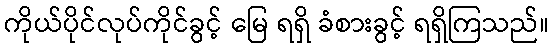
ကိုယ်ပိုင်လုပ်ကိုင်ခွင့် မြေ ရရှိ ခံစားခွင့် ရရှိကြသည်။